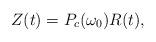
LaTeX: \begin{align*}Z(t) = P_c(\omega_0)R(t),\end{align*}